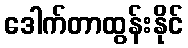
ဒေါက်တာထွန်းနိုင်